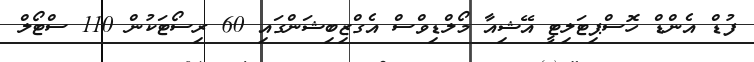
ފުޑް އެންޑް ހޮސްޕިޓަލިޓީ އޭޝިއާ މޯލްޑިވްސް އެގްޒިބިޝަންގައި 60 ރިސޯޓަކުން 110 ސްޓޯލް